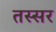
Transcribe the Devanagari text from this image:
तस्सर